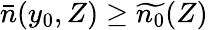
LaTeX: \bar{n}(y_{0},Z)\ge\widetilde{n_{0}}(Z)